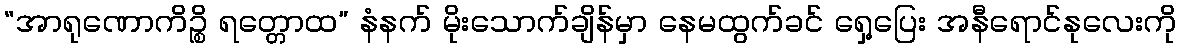
“အာရုဏောကိဉ္စိ ရတ္တောထ” နံနက် မိုးသောက်ချိန်မှာ နေမထွက်ခင် ရှေ့ပြေး အနီရောင်နုလေးကို